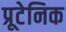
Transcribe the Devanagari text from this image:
प्रूटेनिक